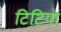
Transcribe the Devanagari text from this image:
टिटियां